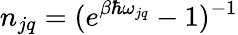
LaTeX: n_{jq}=(e^{\beta\hbar\omega_{jq}}-1)^{-1}